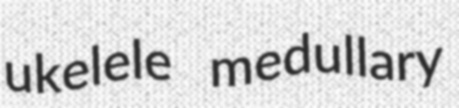
ukelele medullary